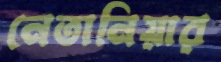
নেতানিয়ার